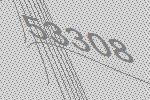
53308